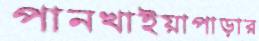
পানখাইয়াপাড়ার